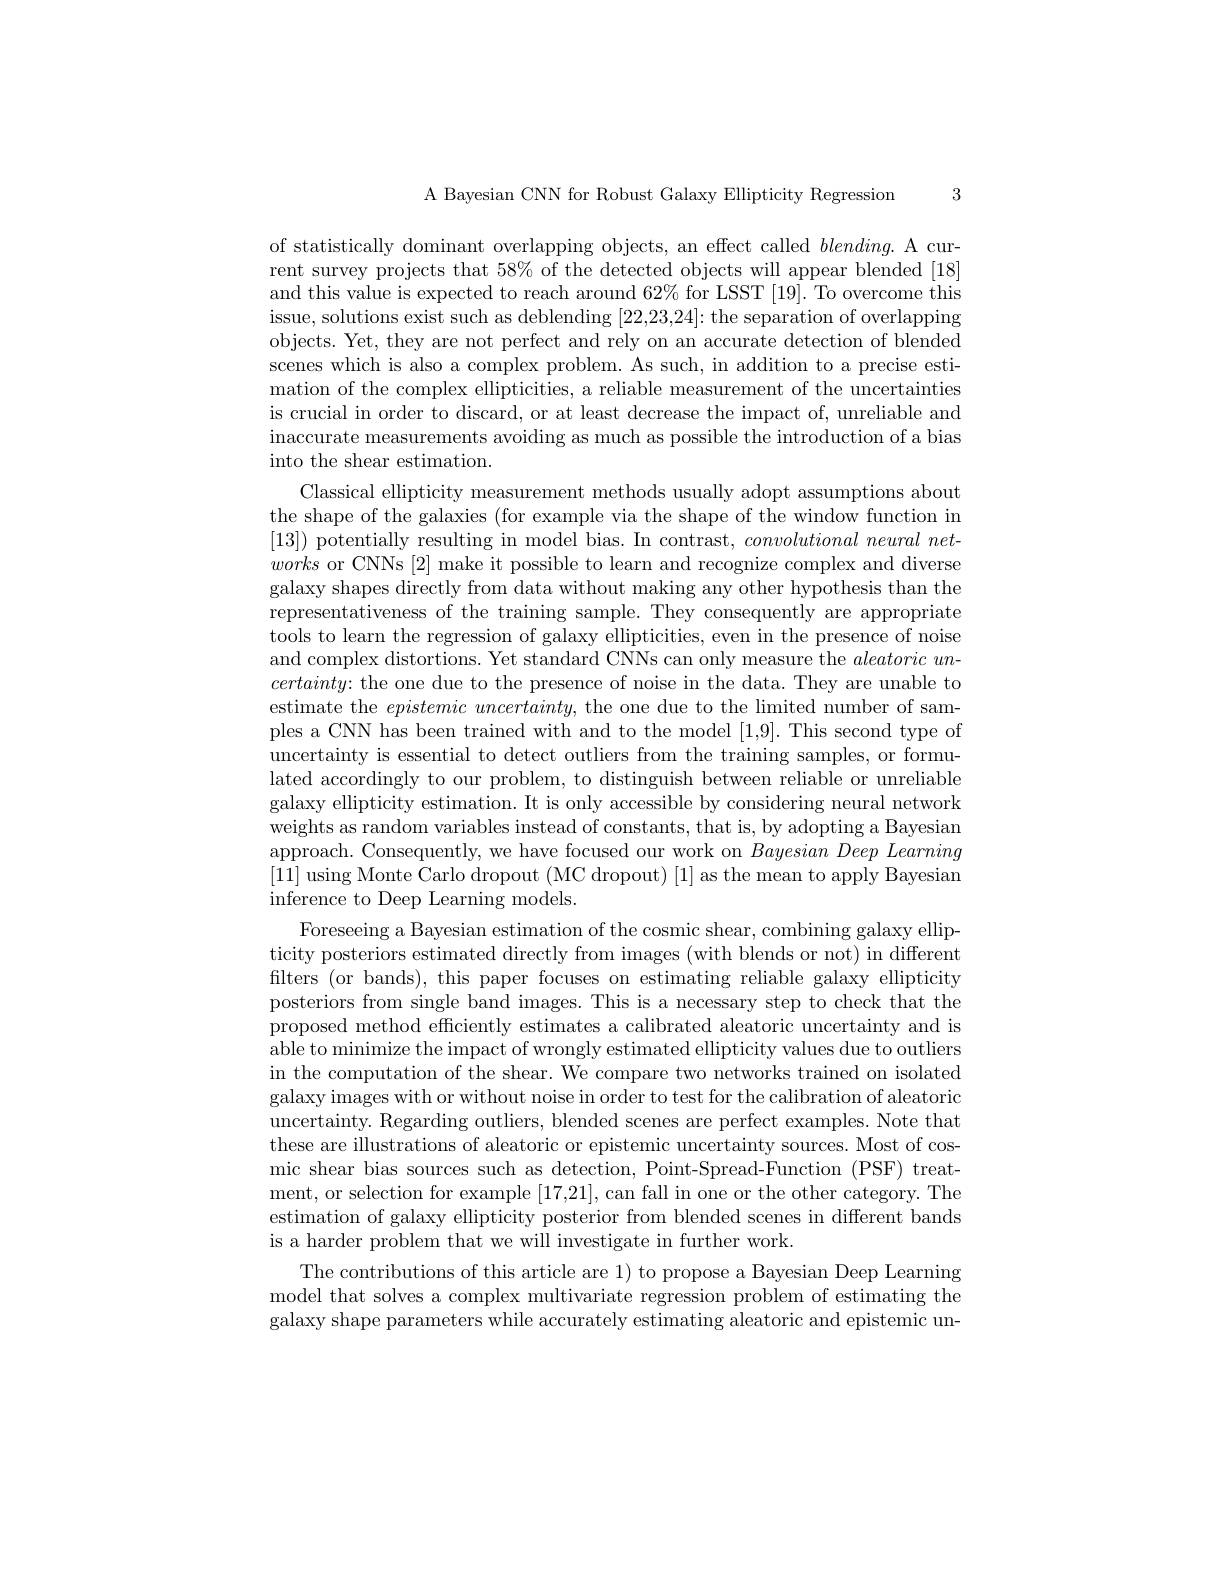
3

A Bayesian CNN for Robust Galaxy Ellipticity Regression

of statistically dominant overlapping objects, an effect called $blending.$ A current survey projects that $58\%$ of the detected objects will appear blended [18] and this value is expected to reach around 62% for LSST [19]. To overcome this issue, solutions exist such as deblending [22,23,24]: the separation of overlapping objects. Yet, they are not perfect and rely on an accurate detection of blended scenes which is also a complex problem. As such, in addition to a precise estimation of the complex ellipticities, a reliable measurement of the uncertainties is crucial in order to discard, or at least decrease the impact of, unreliable and inaccurate measurements avoiding as much as possible the introduction of a bias into the shear estimation.
Classical ellipticity measurement methods usually adopt assumptions about the shape of the galaxies (for example via the shape of the window function in [13]) potentially resulting in model bias. In contrast, $convolutional\textit{neural net- }$ works or CNNs [2] make it possible to learn and recognize complex and diverse galaxy shapes directly from data without making any other hypothesis than the representativeness of the training sample. They consequently are appropriate tools to learn the regression of galaxy ellipticities, even in the presence of noise and complex distortions. Yet standard CNNs can only measure the $aleatoricun-$ $certainty{:\text{ the one due to the presence of noise in the data. They are unable to}}$ estimate the $epistemicuncertainty$, the one due to the limited number of samples a CNN has been trained with and to the model [1,9]. This second type of uncertainty is essential to detect outliers from the training samples, or formulated accordingly to our problem, to distinguish between reliable or unreliable galaxy ellipticity estimation. It is only accessible by considering neural network weights as random variables instead of constants, that is, by adopting a Bayesian approach. Consequently, we have focused our work on $Bayesian\textit{Deep Learning}$ [11] using Monte Carlo dropout (MC dropout) [1] as the mean to apply Bayesian inference to Deep Learning models.
Foreseeing a Bayesian estimation of the cosmic shear, combining galaxy ellipticity posteriors estimated directly from images (with blends or not) in different filters (or bands), this paper focuses on estimating reliable galaxy ellipticity posteriors from single band images. This is a necessary step to check that the proposed method efficiently estimates a calibrated aleatoric uncertainty and is able to minimize the impact of wrongly estimated ellipticity values due to outliers in the computation of the shear. We compare two networks trained on isolated galaxy images with or without noise in order to test for the calibration of aleatoric uncertainty. Regarding outliers, blended scenes are perfect examples. Note that these are illustrations of aleatoric or epistemic uncertainty sources. Most of cosmic shear bias sources such as detection, Point-Spread-Function (PSF) treatment, or selection for example [17,21],can fall in one or the other category. The estimation of galaxy ellipticity posterior from blended scenes in different bands is a harder problem that we will investigate in further work.
The contributions of this article are 1) to propose a Bayesian Deep Learning model that solves a complex multivariate regression problem of estimating the galaxy shape parameters while accurately estimating aleatoric and epistemic un-